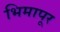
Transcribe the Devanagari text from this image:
भिमापूर